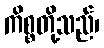
ကိစ္စတို့သည်၊